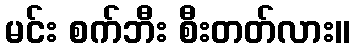
မင်း စက်ဘီး စီးတတ်လား။